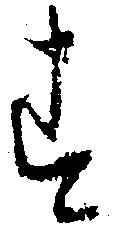
す